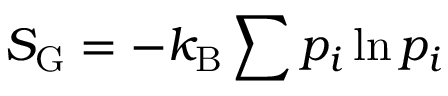
S _ { \mathrm { G } } = - k _ { \mathrm { B } } \sum p _ { i } \ln p _ { i }